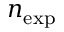
n _ { \mathrm { e x p } }